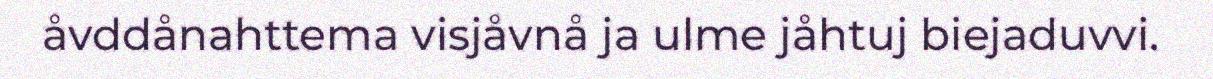
åvddånahttema visjåvnå ja ulme jåhtuj biejaduvvi.